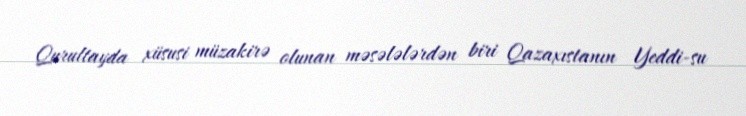
Qurultayda xüsusi müzakirə olunan məsələlərdən biri Qazaxıstanın Yeddi-su